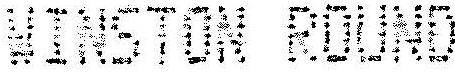
WINSTON ROUND